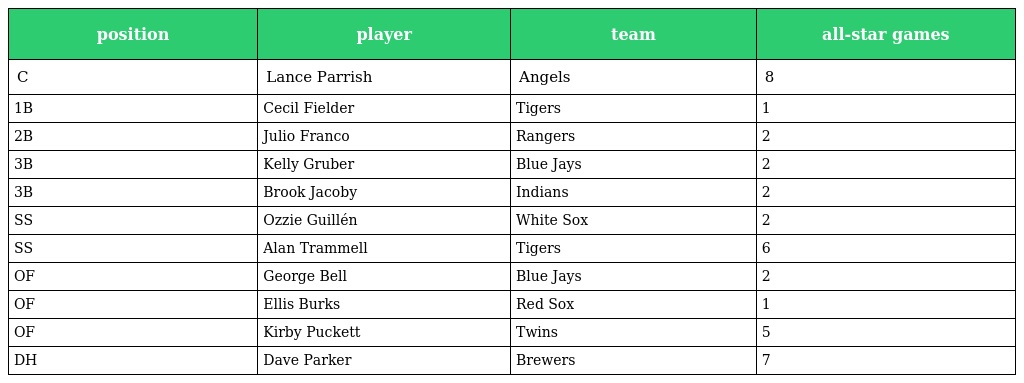
| position | player | team | all-star games |
 | --- | --- | --- | --- |
 | C | Lance Parrish | Angels | 8 |
 | 1B | Cecil Fielder | Tigers | 1 |
 | 2B | Julio Franco | Rangers | 2 |
 | 3B | Kelly Gruber | Blue Jays | 2 |
 | 3B | Brook Jacoby | Indians | 2 |
 | SS | Ozzie Guillén | White Sox | 2 |
 | SS | Alan Trammell | Tigers | 6 |
 | OF | George Bell | Blue Jays | 2 |
 | OF | Ellis Burks | Red Sox | 1 |
 | OF | Kirby Puckett | Twins | 5 |
 | DH | Dave Parker | Brewers | 7 |